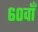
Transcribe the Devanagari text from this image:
६०वाँ